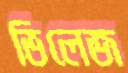
ভিলেজ